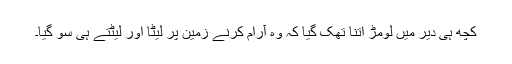
کچھ ہی دیر میں لومڑ اتنا تھک گیا کہ وہ آرام کرنے زمین پر لیٹا اور لیٹتے ہی سو گیا۔